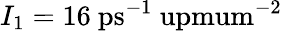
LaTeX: I_{1}=16~\mathrm{ps^{-1}\ upmum^{-2}}